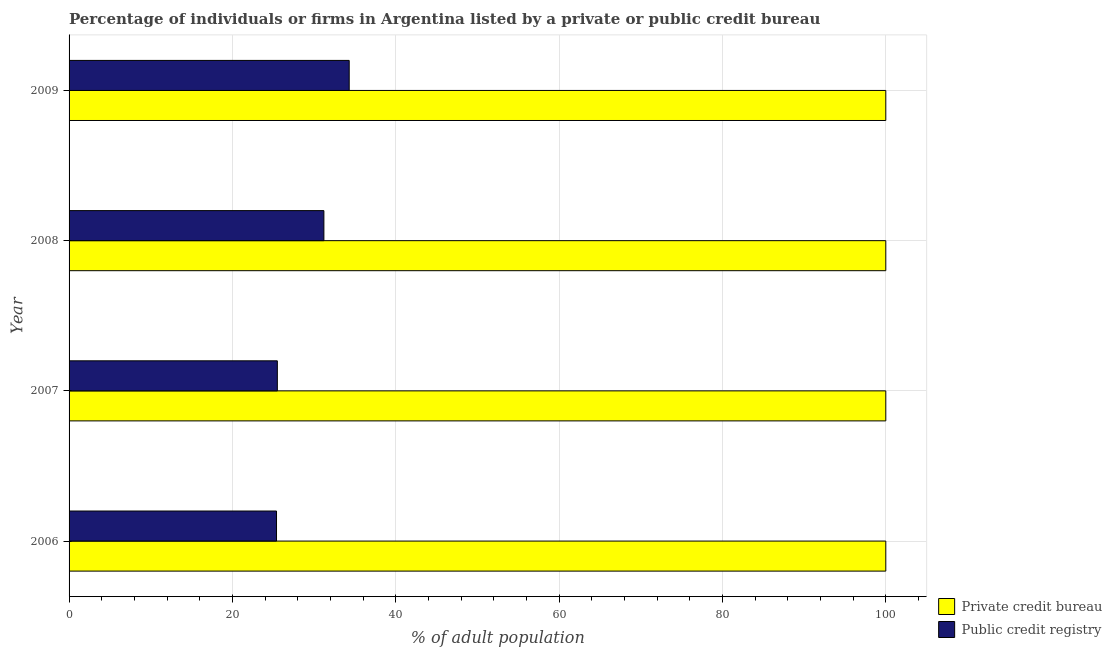
| Year | Private credit bureau | Public credit registry |
 | --- | --- | --- |
 | 2006 | 100 | 25.4 |
 | 2007 | 100 | 25.5 |
 | 2008 | 100 | 31.2 |
 | 2009 | 100 | 34.3 |